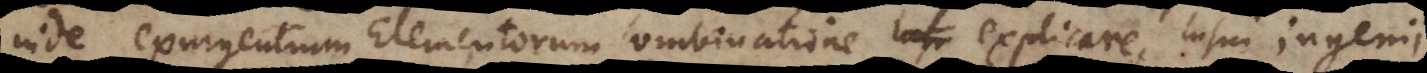
inde exurgentium Elementorum combinatione explicare, lusui ingenii